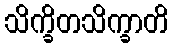
သိက္ခိတသိက္ခာတိ